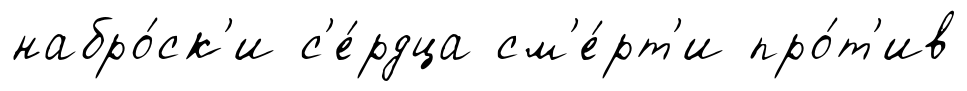
набро́ск'и с'е́рдца см'е́рт'и про́т'ив